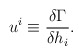
\begin{align*}u^i\equiv \frac{\delta \Gamma }{\delta h_i}.\end{align*}